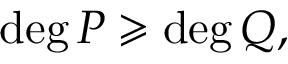
\deg P \geqslant \deg Q ,